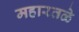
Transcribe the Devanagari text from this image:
महारतळे